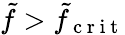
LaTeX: \tilde{f}>\tilde{f}_{\mathrm{~c~r~i~t~}}